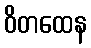
ဝိတထေန